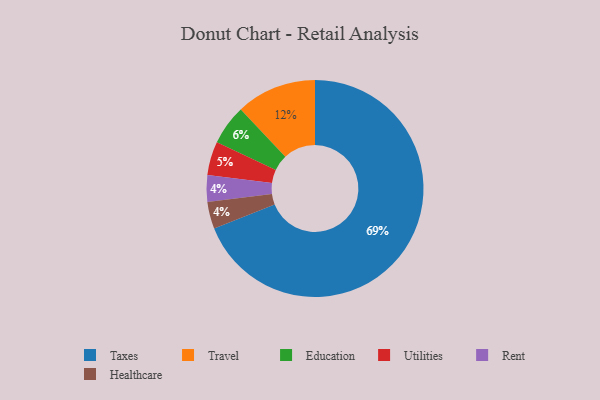
{"axis": {"x": "Category", "y": "Percentage"}, "legend": ["Education", "Healthcare", "Rent", "Taxes", "Travel", "Utilities"], "data": [{"x": "Utilities", "y": 5, "type": "Utilities"}, {"x": "Education", "y": 6, "type": "Education"}, {"x": "Rent", "y": 4, "type": "Rent"}, {"x": "Travel", "y": 12, "type": "Travel"}, {"x": "Healthcare", "y": 4, "type": "Healthcare"}, {"x": "Taxes", "y": 69, "type": "Taxes"}]}